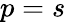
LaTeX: p=s